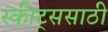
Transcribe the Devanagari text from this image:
स्कीट्ससाठी